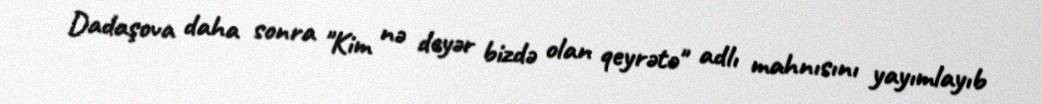
Dadaşova daha sonra "Kim nə deyər bizdə olan qeyrətə" adlı mahnısını yayımlayıb